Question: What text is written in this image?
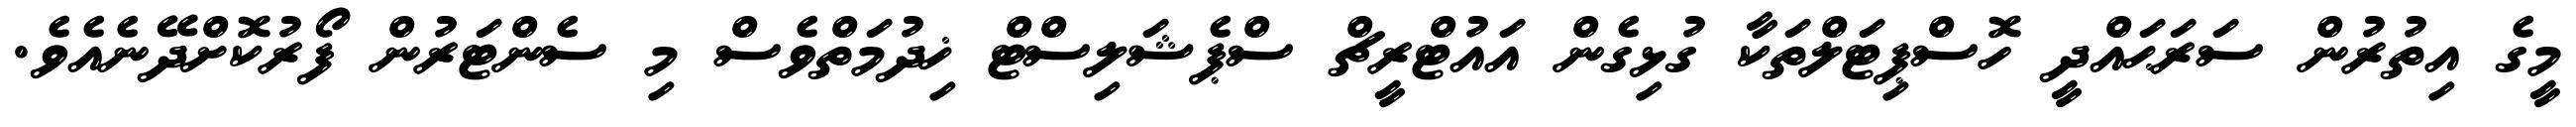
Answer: މީގެ އިތުރުން ސަރަޙައްދީ ހޮސްޕިޓަލްތަކާ ގުޅިގެން އައުޓްރީޗް ސްޕެޝަލިސްޓް ޚިދުމަތްވެސް މި ސެންޓަރުން ފޯރުކޮށްދޭނެއެވެ.